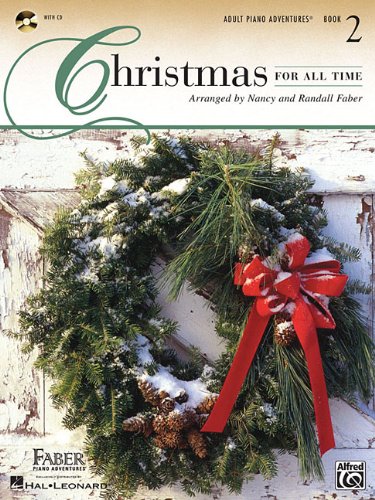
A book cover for Christmas For All Time L2; Nancy Faber; Christian Books & Bibles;